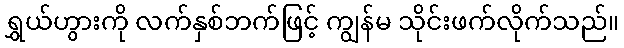
ရွှယ်ဟွားကို လက်နှစ်ဘက်ဖြင့် ကျွန်မ သိုင်းဖက်လိုက်သည်။